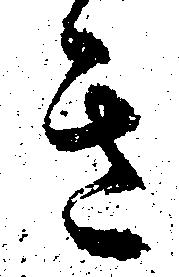
き